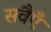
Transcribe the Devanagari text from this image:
सवैएँ